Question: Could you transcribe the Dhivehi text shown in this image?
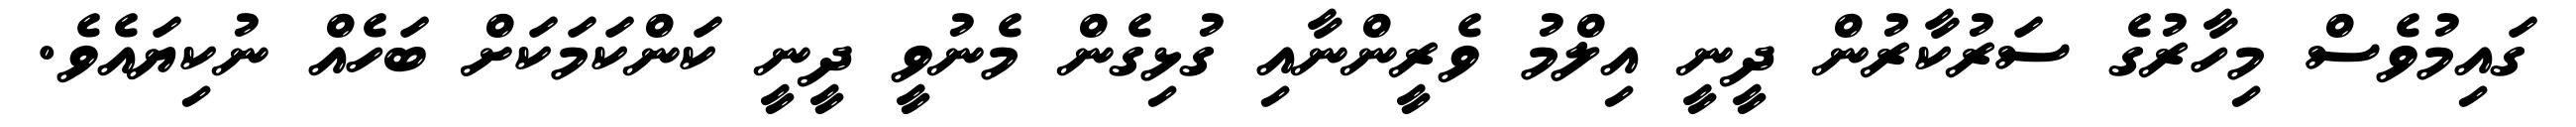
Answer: ގައިމުވެސް މިހާރުގެ ސަރުކާރުން ދީނީ އިލްމު ވެރީންނާއި ގުޅިގެން މެނުވީ ދީނީ ކަންކަމަކަށް ބަހެއް ނުކިޔައެވެ.